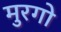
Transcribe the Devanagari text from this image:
मुरगो